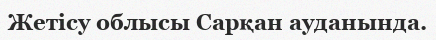
Жетісу облысы Сарқан ауданында.